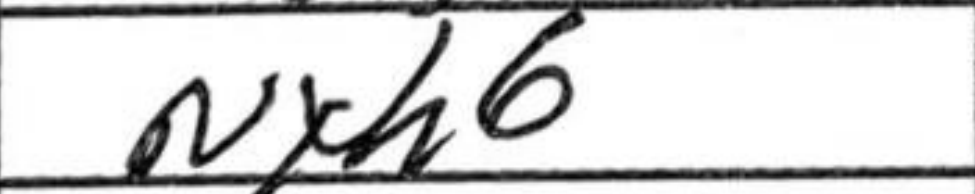
Transcription: Nxh6